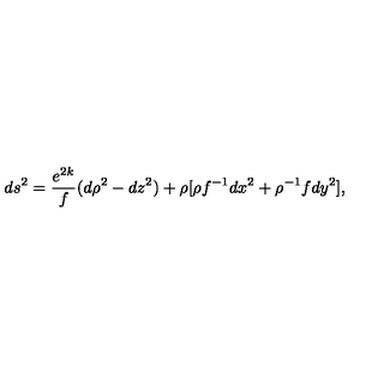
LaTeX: d s ^ { 2 } = { \frac { e ^ { 2 k } } { f } } ( d \rho ^ { 2 } - d z ^ { 2 } ) + \rho [ \rho f ^ { - 1 } d x ^ { 2 } + \rho ^ { - 1 } f d y ^ { 2 } ] ,